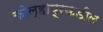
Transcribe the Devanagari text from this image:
कोल्हापूरकडील